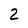
Character: 2